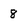
Character: 8